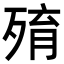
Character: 𣨧